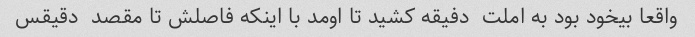
واقعا بیخود بود به املت  دفیقه کشید تا اومد با اینکه فاصلش تا مقصد  دقیقس